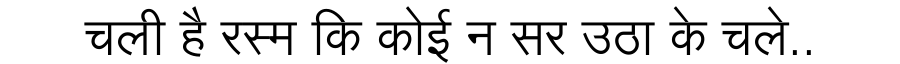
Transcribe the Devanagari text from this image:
चली है रस्म कि कोई न सर उठा के चले..